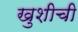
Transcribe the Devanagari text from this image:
खुशीची